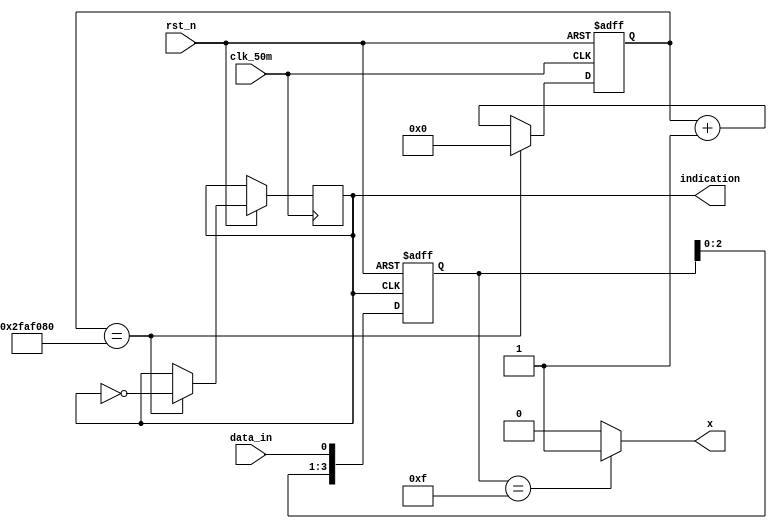
module Sequence_Detector(
			input			clk_50m,
			input			rst_n,
			
			input			data_in,
			
			output		indication,		//ledled
			
			output reg	x
);

//------------------------------------------------
//
reg  [25:0]  cnt;  
reg			clk_2hz;

always@(posedge clk_50m or negedge rst_n ) 
begin  
	if(!rst_n)  
		cnt<=26'd0;  
  else if(cnt==50000000)
    begin   
	   cnt<=26'd0;   
			clk_2hz<=~clk_2hz;   
		end  
  else   
    cnt<=cnt+1; 
end 



assign indication = clk_2hz;


//------------------------------------------------
//
reg [3:0] detector;

always@(posedge clk_2hz or negedge rst_n)
begin
	if(!rst_n)
		detector<=4'b0;
	
	else
		begin
			detector <= {detector[2:0],data_in};
		end
end

//------------------------------------------------
//
always@(*)
begin
	case(detector)
		4'b1111: x<=1;
		default: x<=0; 
	endcase
end


endmodule